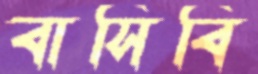
বাসিবি